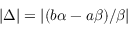
| \Delta | = | ( b \alpha - a \beta ) / \beta |